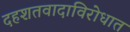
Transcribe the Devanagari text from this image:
दहशतवादाविरोधात